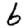
Digit: 6